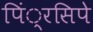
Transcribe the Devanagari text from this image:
पिं्रसिपे